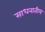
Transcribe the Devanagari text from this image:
साधनातील